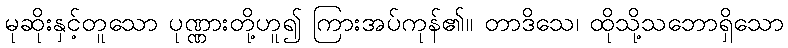
မုဆိုးနှင့်တူသော ပုဏ္ဏားတို့ဟူ၍ ကြားအပ်ကုန်၏။ တာဒိသေ၊ ထိုသို့သဘောရှိသော